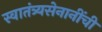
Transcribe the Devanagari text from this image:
स्वातंत्र्यसेनानींची